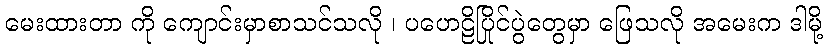
မေးထားတာ ကို ကျောင်းမှာစာသင်သလို ၊ ပဟေဠိပြိုင်ပွဲတွေမှာ ဖြေသလို အမေးက ဒါမို့